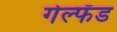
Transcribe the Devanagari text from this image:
गेल्फँड